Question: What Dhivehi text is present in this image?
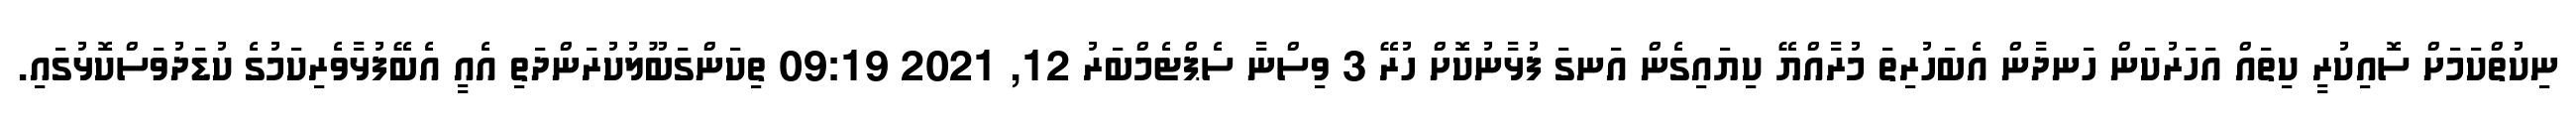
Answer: ނިކުތްކަމަށް ސޮއިކުރީ ކިތައް އަހަރުކަން ހަނދާން އެބަހުރިތަ މުރާއްޔޭ ކިޔައިގެން އަނގަ ފުޅާނުކޮށް ހުރޭ 3 ވިސްނާ ސެޕްޓެމްބަރު 12, 2021 09:19 ތިކަންގަބޫލުކުރަންދަތި އެއީ އެބޭފުޅާވެރިކަމުގެ ކުޑަދުވަސްކޮޅުގައި.